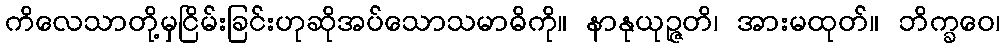
ကိလေသာတို့မှငြိမ်းခြင်းဟုဆိုအပ်သောသမာဓိကို။ နာနုယုဉ္ဇတိ၊ အားမထုတ်။ ဘိက္ခဝေ၊